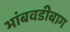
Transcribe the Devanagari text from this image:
भांबवडीबाग